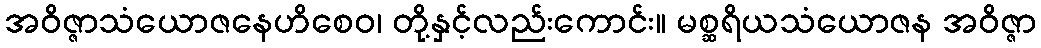
အဝိဇ္ဇာသံယောဇနေဟိစေဝ၊ တို့နှင့်လည်းကောင်း။ မစ္ဆရိယသံယောဇန အဝိဇ္ဇာ